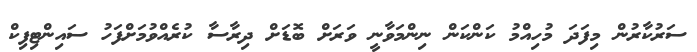
ސަރުކާރުން މިފަދަ މުހިއްމު ކަންކަން ނިންމަވާނީ ވަރަށް ބޮޑަށް ދިރާސާ ކުރެއްވުމަށްފަހު ސައިންޓިފިކް